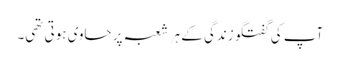
آپ کی گفتگو زندگی کے ہر شعبہ پر حاوی ہوتی تھی۔